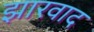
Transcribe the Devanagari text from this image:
झारवाद